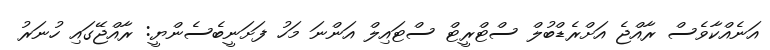
އަނެއްކާވެސް ރާއްޖެ އަށްރެޑްބުލް ސްޓްރީޓް ސްޓައިލް އަންނަ މަހު ފަށަނީބެސެންޔީ: ރާއްޖޭގައި ހުނަރު